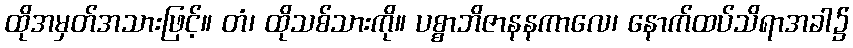
ထိုအမှတ်အသားဖြင့်။ တံ၊ ထိုသစ်သားကို။ ပစ္စာဘိဇာနနကာလေ၊ နောက်ထပ်သိရာအခါ၌